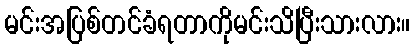
မင်းအပြစ်တင်ခံရတာကိုမင်းသိပြီးသားလား။